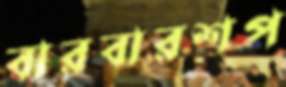
বারবারশপ